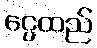
ငွေထည်